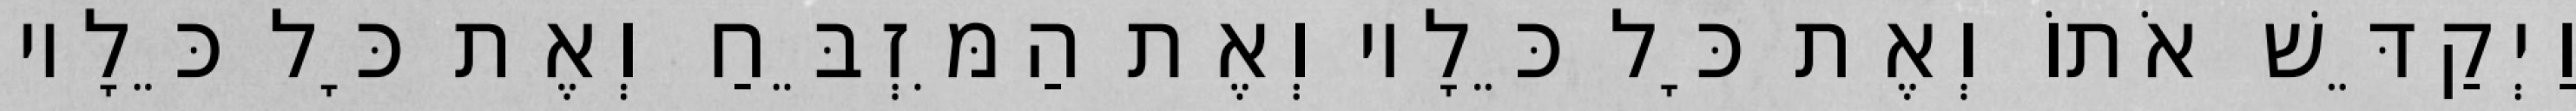
וַיְקַדֵּשׁ אֹתוֹ וְאֶת כָּל כֵּלָיו וְאֶת הַמִּזְבֵּחַ וְאֶת כָּל כֵּלָיו